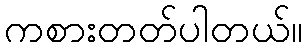
ကစားတတ်ပါတယ်။